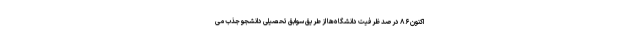
اکنون ۸۶ درصد ظرفیت دانشگاه‌ها از طریق سوابق تحصیلی دانشجو جذب می